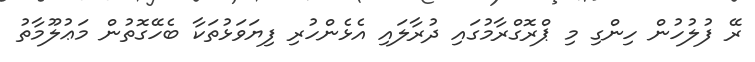
ރޭ ފުލުހުން ހިންގި މި ޕްރޮގްރާމުގައި ދުރާލައި އެޅެންހުރި ފިޔަވަޅުތަކާ ބެހޭގޮތުން މަޢުލޫމާތު